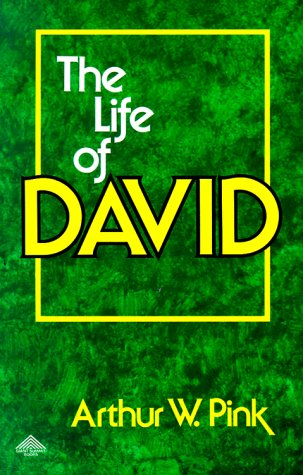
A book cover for Life of David (Two Volumes in One); Arthur Pink; Christian Books & Bibles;